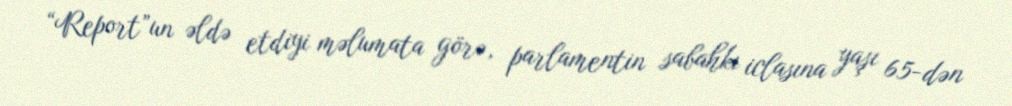
“Report”un əldə etdiyi məlumata görə, parlamentin sabahkı iclasına yaşı 65-dən